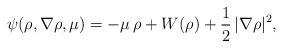
LaTeX: \begin{align*}\psi(\rho,\nabla\rho,\mu)=-\mu\,\rho+W(\rho)+\frac 1 2\,|\nabla\rho|^2,\end{align*}